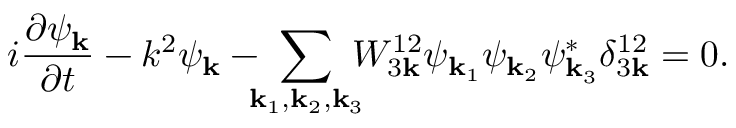
i \frac { \partial \psi _ { \bf k } } { \partial t } - k ^ { 2 } \psi _ { \bf k } - \! \! \! \sum _ { { \bf k } _ { 1 } , { \bf k } _ { 2 } , { \bf k } _ { 3 } } \! \! \! W _ { 3 { \bf k } } ^ { 1 2 } \psi _ { { \bf k } _ { 1 } } \psi _ { { \bf k } _ { 2 } } \psi _ { { \bf k } _ { 3 } } ^ { * } \delta _ { 3 { \bf k } } ^ { 1 2 } = 0 .